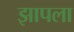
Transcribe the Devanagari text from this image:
झापला